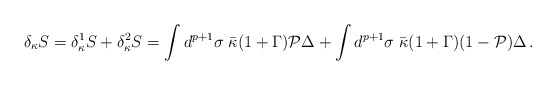
\begin{align*}\delta_{\kappa} S = \delta_{\kappa}^1 S + \delta_{\kappa}^2 S=\int d^{p+1}\sigma \; \bar \kappa (1+\Gamma) {\cal P} \Delta + \int d^{p+1}\sigma \;\bar \kappa (1+\Gamma) (1- {\cal P} )\Delta\, .\end{align*}